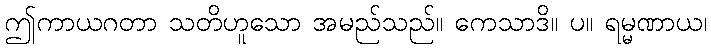
ဤကာယဂတာ သတိဟူသော အမည်သည်။ ကေသာဒိ။ ပ။ ရမ္မဏာယ၊